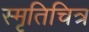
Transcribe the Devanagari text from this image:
स्मृतिचित्र